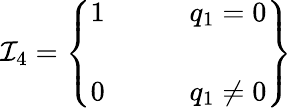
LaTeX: {\cal I}_{4}=\left\{ \begin{array}{cl}{{1}}&{{\qquad q_{1}=0}}\\ {{}}&{{}}\\ {{0}}&{{\qquad q_{1}\neq 0}}\end{array}\right\}